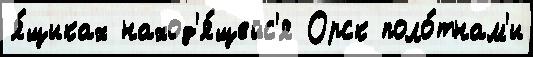
я́щиках наход'я́щейс'я Орск поло́тнам'и